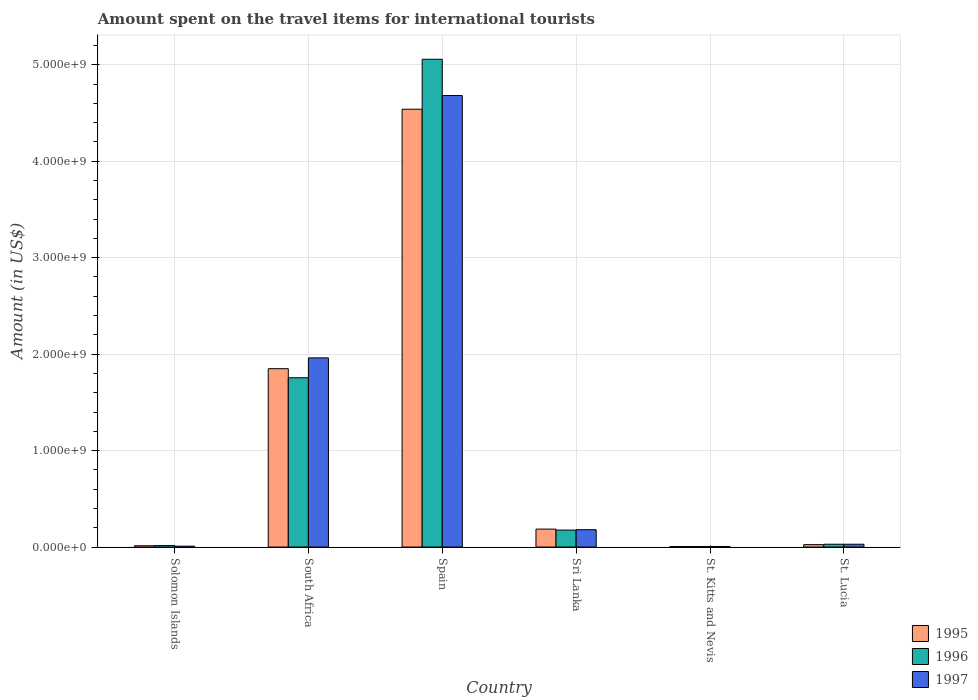
| Country | 1995 | 1996 | 1997 |
 | --- | --- | --- | --- |
 | Solomon Islands | 1.35e+07 | 1.52e+07 | 9e+06 |
 | South Africa | 1.85e+09 | 1.76e+09 | 1.96e+09 |
 | Spain | 4.54e+09 | 5.06e+09 | 4.68e+09 |
 | Sri Lanka | 1.86e+08 | 1.76e+08 | 1.8e+08 |
 | St. Kitts and Nevis | 5e+06 | 5e+06 | 6e+06 |
 | St. Lucia | 2.5e+07 | 2.9e+07 | 2.9e+07 |